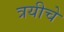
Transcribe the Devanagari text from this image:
त्रयीचे